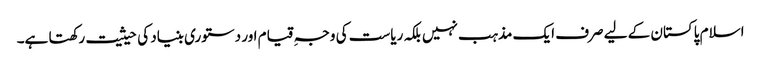
اسلام پاکستان کے لیے صرف ایک مذہب نہیں بلکہ ریاست کی وجہِ قیام اور دستوری بنیاد کی حیثیت رکھتا ہے۔